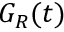
G _ { R } ( t )